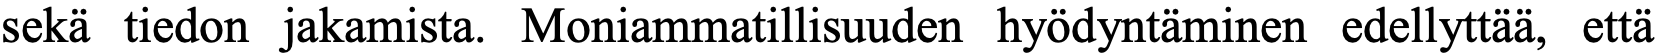
sekä tiedon jakamista. Moniammatillisuuden hyödyntäminen edellyttää, että